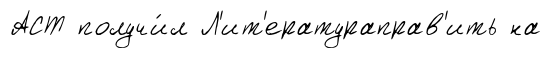
АСТ получи́л Л'ит'ератураправ'ить на